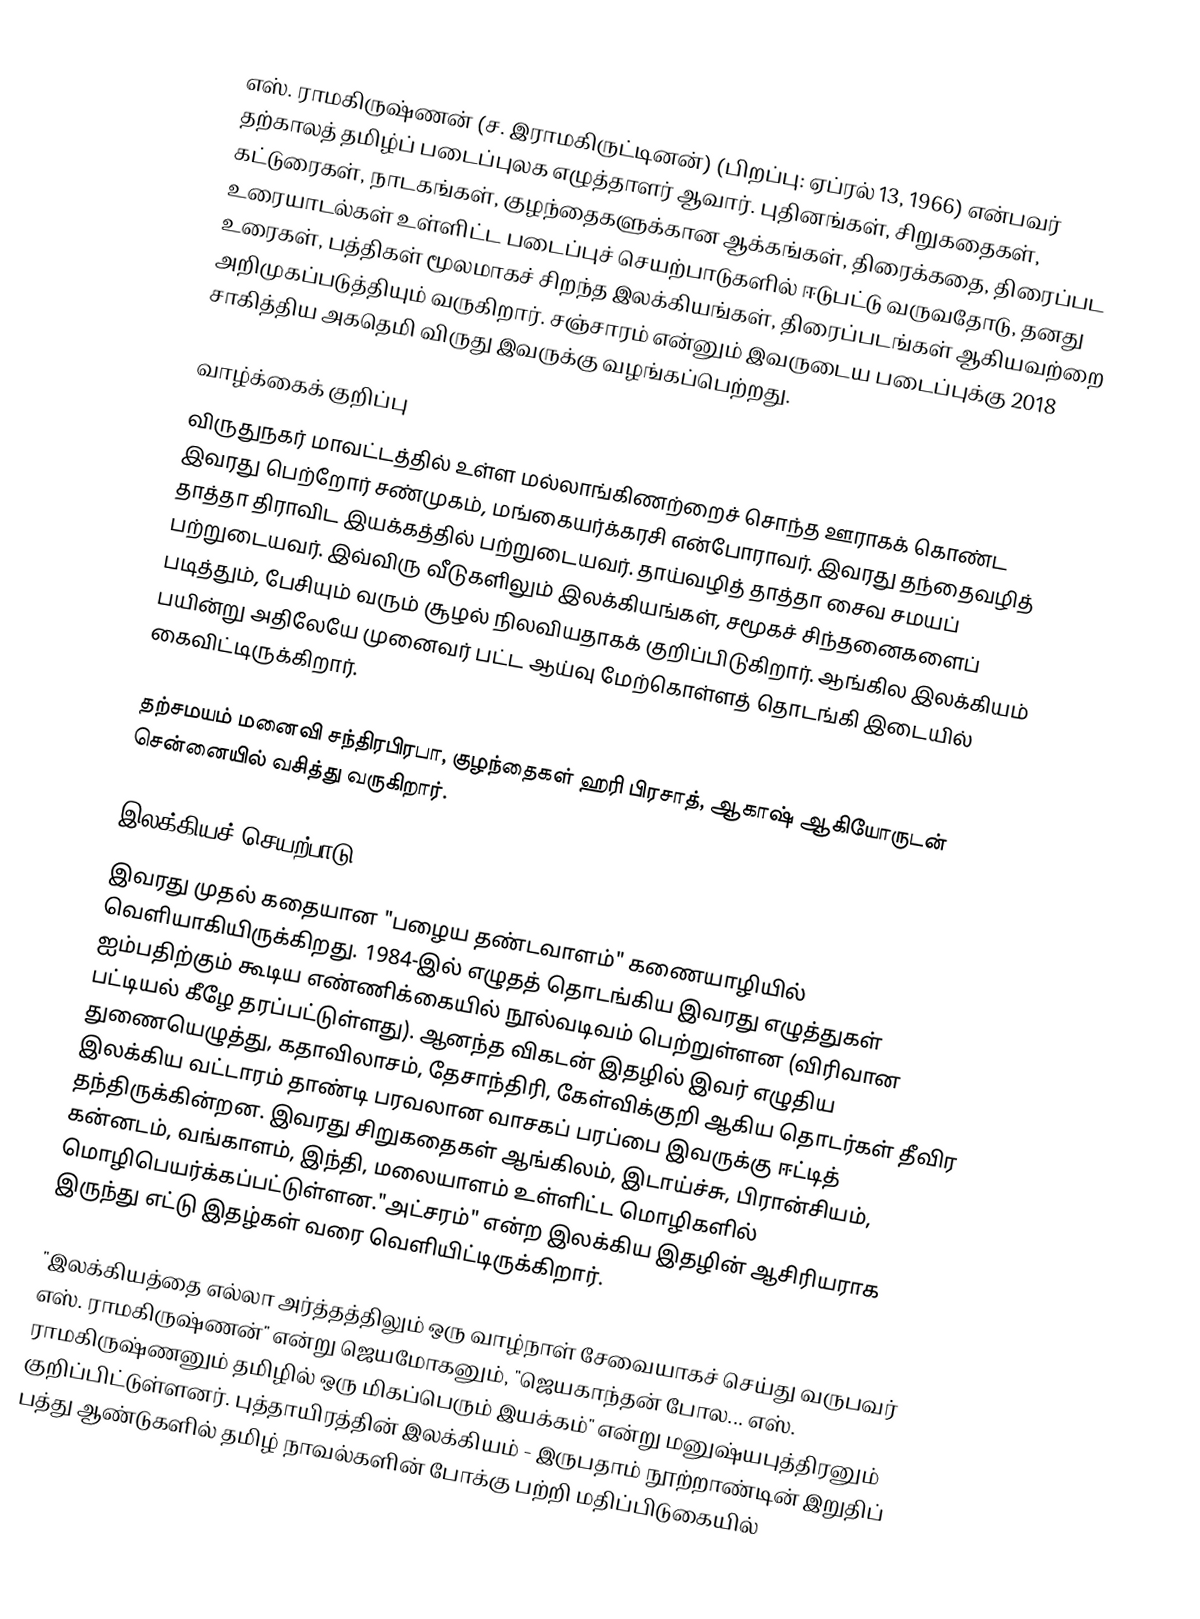
எஸ். ராமகிருஷ்ணன் (ச. இராமகிருட்டினன்) (பிறப்பு: ஏப்ரல் 13, 1966) என்பவர் தற்காலத் தமிழ்ப் படைப்புலக எழுத்தாளர் ஆவார். புதினங்கள், சிறுகதைகள், கட்டுரைகள், நாடகங்கள், குழந்தைகளுக்கான ஆக்கங்கள், திரைக்கதை, திரைப்பட உரையாடல்கள் உள்ளிட்ட படைப்புச் செயற்பாடுகளில் ஈடுபட்டு வருவதோடு, தனது உரைகள், பத்திகள் மூலமாகச் சிறந்த இலக்கியங்கள், திரைப்படங்கள் ஆகியவற்றை அறிமுகப்படுத்தியும் வருகிறார். சஞ்சாரம் என்னும் இவருடைய படைப்புக்கு 2018 சாகித்திய அகதெமி விருது இவருக்கு வழங்கப்பெற்றது.

வாழ்க்கைக் குறிப்பு
விருதுநகர் மாவட்டத்தில் உள்ள மல்லாங்கிணற்றைச் சொந்த ஊராகக் கொண்ட இவரது பெற்றோர் சண்முகம், மங்கையர்க்கரசி என்போராவர். இவரது தந்தைவழித் தாத்தா திராவிட இயக்கத்தில் பற்றுடையவர். தாய்வழித் தாத்தா சைவ சமயப் பற்றுடையவர். இவ்விரு வீடுகளிலும் இலக்கியங்கள், சமூகச் சிந்தனைகளைப் படித்தும், பேசியும் வரும் சூழல் நிலவியதாகக் குறிப்பிடுகிறார். ஆங்கில இலக்கியம் பயின்று அதிலேயே முனைவர் பட்ட ஆய்வு மேற்கொள்ளத் தொடங்கி இடையில் கைவிட்டிருக்கிறார்.

தற்சமயம் மனைவி சந்திரபிரபா, குழந்தைகள் ஹரி பிரசாத், ஆகாஷ் ஆகியோருடன் சென்னையில் வசித்து வருகிறார்.

இலக்கியச் செயற்பாடு
இவரது முதல் கதையான "பழைய தண்டவாளம்" கணையாழியில் வெளியாகியிருக்கிறது. 1984-இல் எழுதத் தொடங்கிய இவரது எழுத்துகள் ஐம்பதிற்கும் கூடிய எண்ணிக்கையில் நூல்வடிவம் பெற்றுள்ளன (விரிவான பட்டியல் கீழே தரப்பட்டுள்ளது). ஆனந்த விகடன் இதழில் இவர் எழுதிய துணையெழுத்து, கதாவிலாசம், தேசாந்திரி, கேள்விக்குறி ஆகிய தொடர்கள் தீவிர இலக்கிய வட்டாரம் தாண்டி பரவலான வாசகப் பரப்பை இவருக்கு ஈட்டித் தந்திருக்கின்றன. இவரது சிறுகதைகள் ஆங்கிலம், இடாய்ச்சு, பிரான்சியம், கன்னடம், வங்காளம், இந்தி, மலையாளம் உள்ளிட்ட மொழிகளில் மொழிபெயர்க்கப்பட்டுள்ளன."அட்சரம்" என்ற இலக்கிய இதழின் ஆசிரியராக இருந்து எட்டு இதழ்கள் வரை வெளியிட்டிருக்கிறார்.

"இலக்கியத்தை எல்லா அர்த்தத்திலும் ஒரு வாழ்நாள் சேவையாகச் செய்து வருபவர் எஸ். ராமகிருஷ்ணன்" என்று ஜெயமோகனும், "ஜெயகாந்தன் போல... எஸ். ராமகிருஷ்ணனும் தமிழில் ஒரு மிகப்பெரும் இயக்கம்" என்று மனுஷ்யபுத்திரனும் குறிப்பிட்டுள்ளனர். புத்தாயிரத்தின் இலக்கியம் - இருபதாம் நூற்றாண்டின் இறுதிப் பத்து ஆண்டுகளில் தமிழ் நாவல்களின் போக்கு பற்றி மதிப்பிடுகையில்